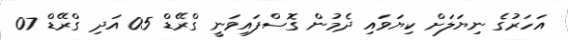
އަހަރުގެ ނިޔަލަށް ކިޔަވައި ދެމުން ގޮސްފައިވަނީ ގްރޭޑް 05 އަދި ގްރޭޑް 07